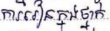
ការរៀនក្នុងថ្នាក់